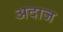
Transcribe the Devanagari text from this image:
अदाज